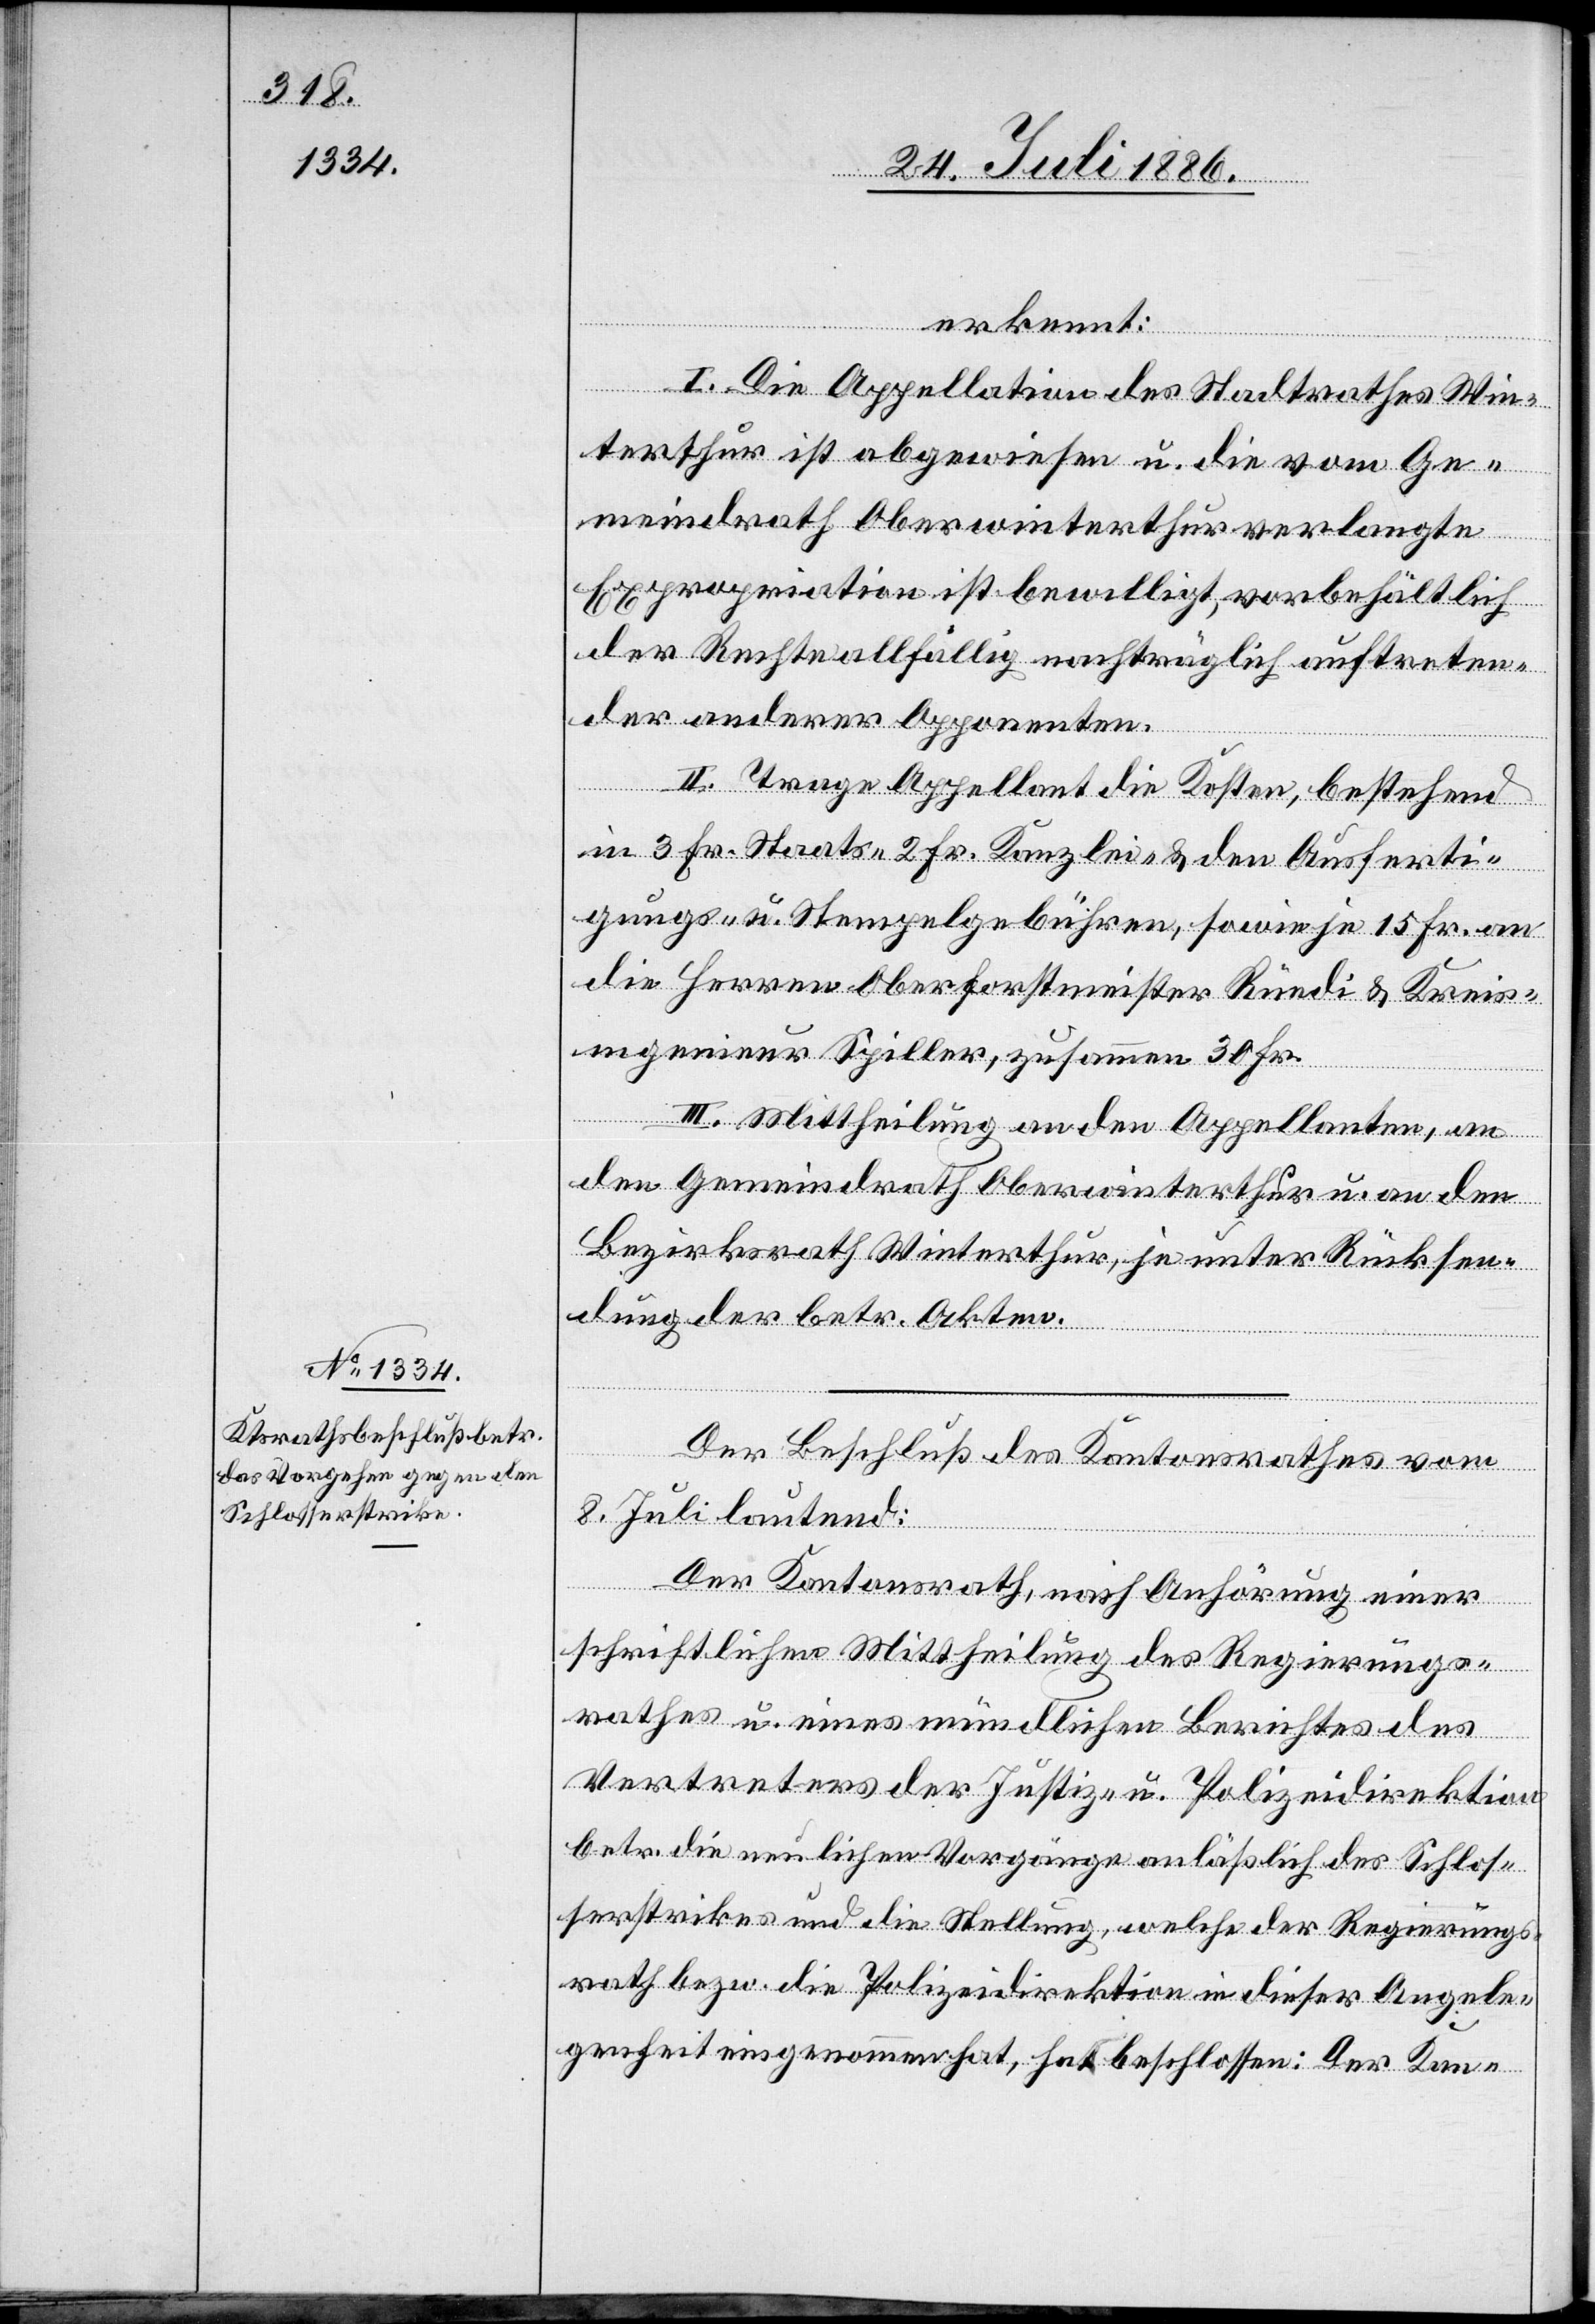
erkennt:
I. Die Appellation des Stadtrathes Win¬
terthur ist abgewiesen u. die vom Ge¬
meindrath Oberwinterthur verlangte
Expropriation ist bewilligt, vorbehältlich
der Rechte allfällig nachträglich auftreten¬
der anderer Opponenten.
II. Trage Appellant die Kosten, bestehend
in 3 Fr. Staats- 2 Fr. Kanzlei- & den Ausferti¬
gungs- u. Stempelgebühren, sowie je 15 Fr. an
die Herren Oberforstmeister Rüedi & Kreis¬
ingenieur Spiller, zusammen 30 Fr.
III. Mittheilung an den Appellanten, an
den Gemeindrath Oberwinterthur u. an den
Bezirksrath Winterthur, je unter Rücksen¬
dung der betr. Akten.
Der Beschluß des Kantonsrathes vom
8. Juli lautend:
Der Kantonsrath, nach Anhörung einer
schriftlichen Mittheilung des Regierungs¬
rathes u. eines mündlichen Berichtes des
Vertreters der Justiz- u. Polizeidirektion
betr. die neulichen Vorgänge anläßlich des Schlos¬
serstrikes und die Stellung, welche der Regierungs¬
rath bezw. die Polizeidirektion in dieser Angele¬
genheit eingenommen hat, hat beschlossen: Der Kan-